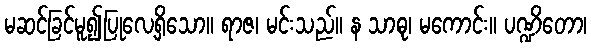
မဆင်ခြင်မူ၍ပြုလေ့ရှိသော။ ရာဇ၊ မင်းသည်။ န သာဓု၊ မကောင်း။ ပဏ္ဍိတော၊